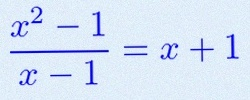
\frac{x^2-1}{x-1}=x+1